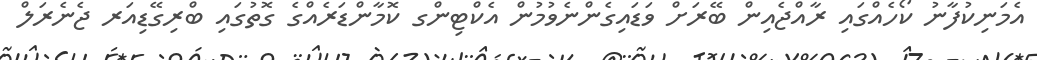
އެމަނިކުފާނު ކޯހެއްގައި ރާއްޖެއިން ބޭރަށް ވަޑައިގެންނެވުމުން އެކްޓިންގ ކޮމާންޑަރެއްގެ ގޮތުގައި ބްރިގޭޑިއަރ ޖެނެރަލް